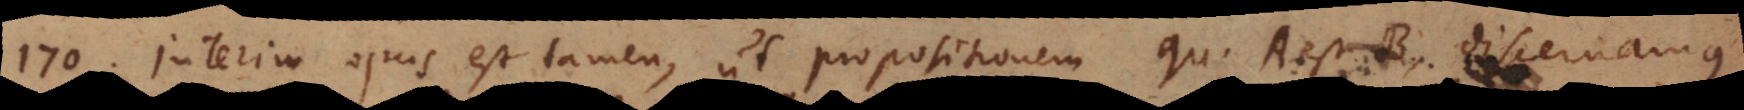
170) Interim opus est tamen, ut propositionem Quoddam A est B discernamus